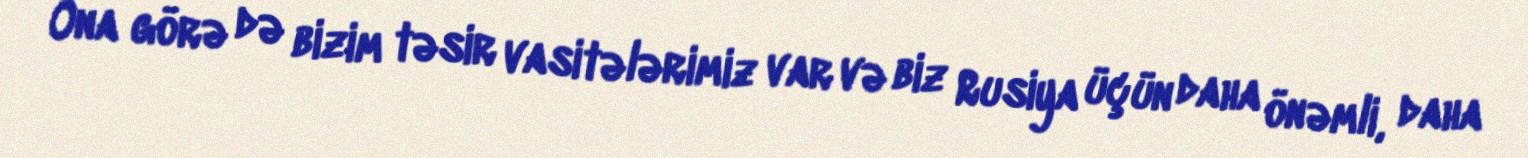
Ona görə də bizim təsir vasitələrimiz var və biz Rusiya üçün daha önəmli, daha